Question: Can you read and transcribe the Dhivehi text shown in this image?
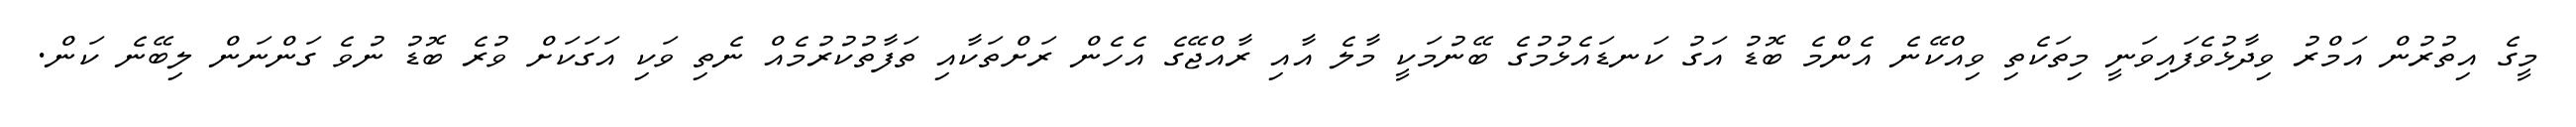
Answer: މީގެ އިތުރުން އަމްރު ވިދާޅުވެފައިވަނީ މިތަކެތި ވިއްކޭނެ އެންމެ ބޮޑު އަގު ކަނޑައެޅުމުގެ ބޭނުމަކީ މާލެ އާއި ރާއްޖޭގެ އެހެން ރަށްތަކާއި ތަފާތުކުރުމެއް ނެތި ވަކި އަގަކަށް ވުރެ ބޮޑު ނުވެ ގަންނަން ލިބޭނެ ކަން.